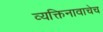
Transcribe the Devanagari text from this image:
व्यक्तिनावाचेच